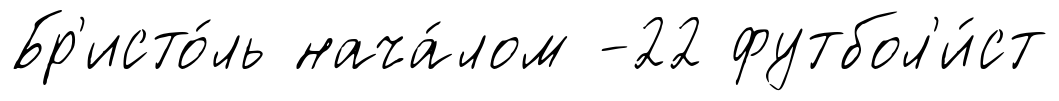
Бр'исто́ль нача́лом -22 футбол'и́ст